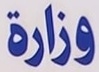
وزارة